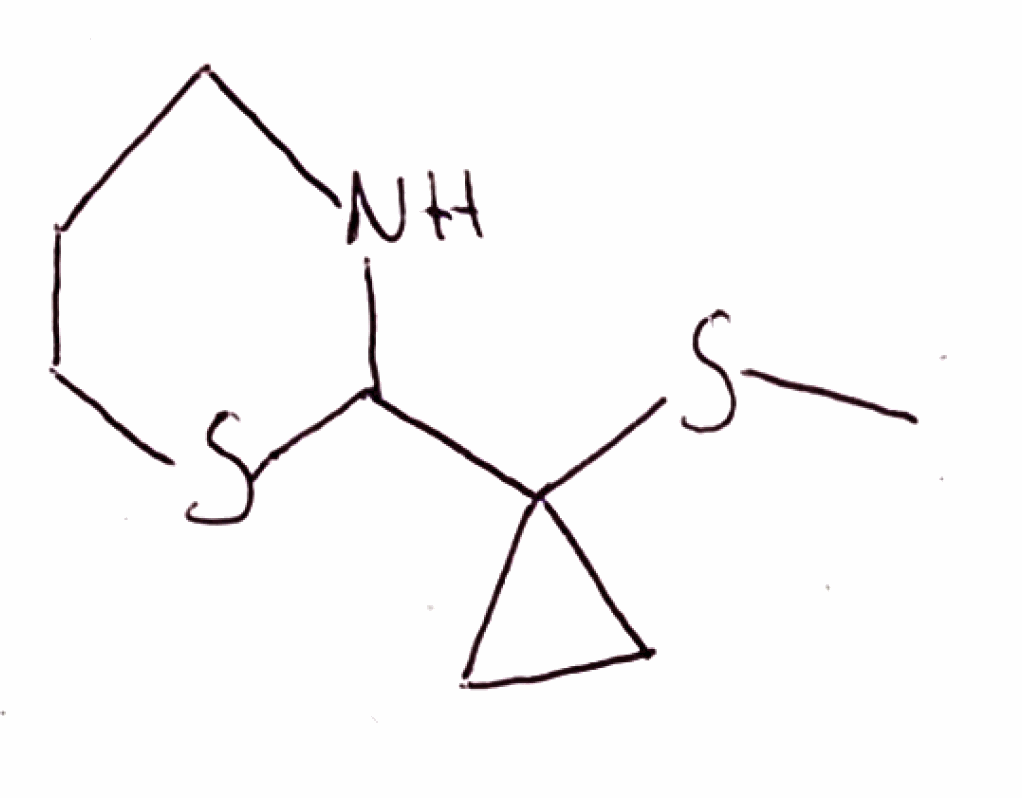
Simplified molecular-input line-entry system (SMILES) notation of the given molecule:
CSC1(CC1)C2NCCCS2